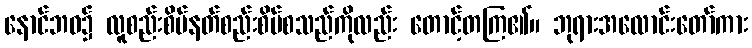
နောင်ဘဝ၌ လူစည်းစိမ်နတ်စည်းစိမ်စသည်ကိုလည်း တောင့်တကြ၏။ ဘုရားအလောင်းတော်ကား